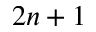
2 n + 1